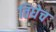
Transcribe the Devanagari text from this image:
तिघेच